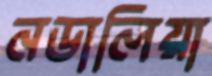
নডালিয়া